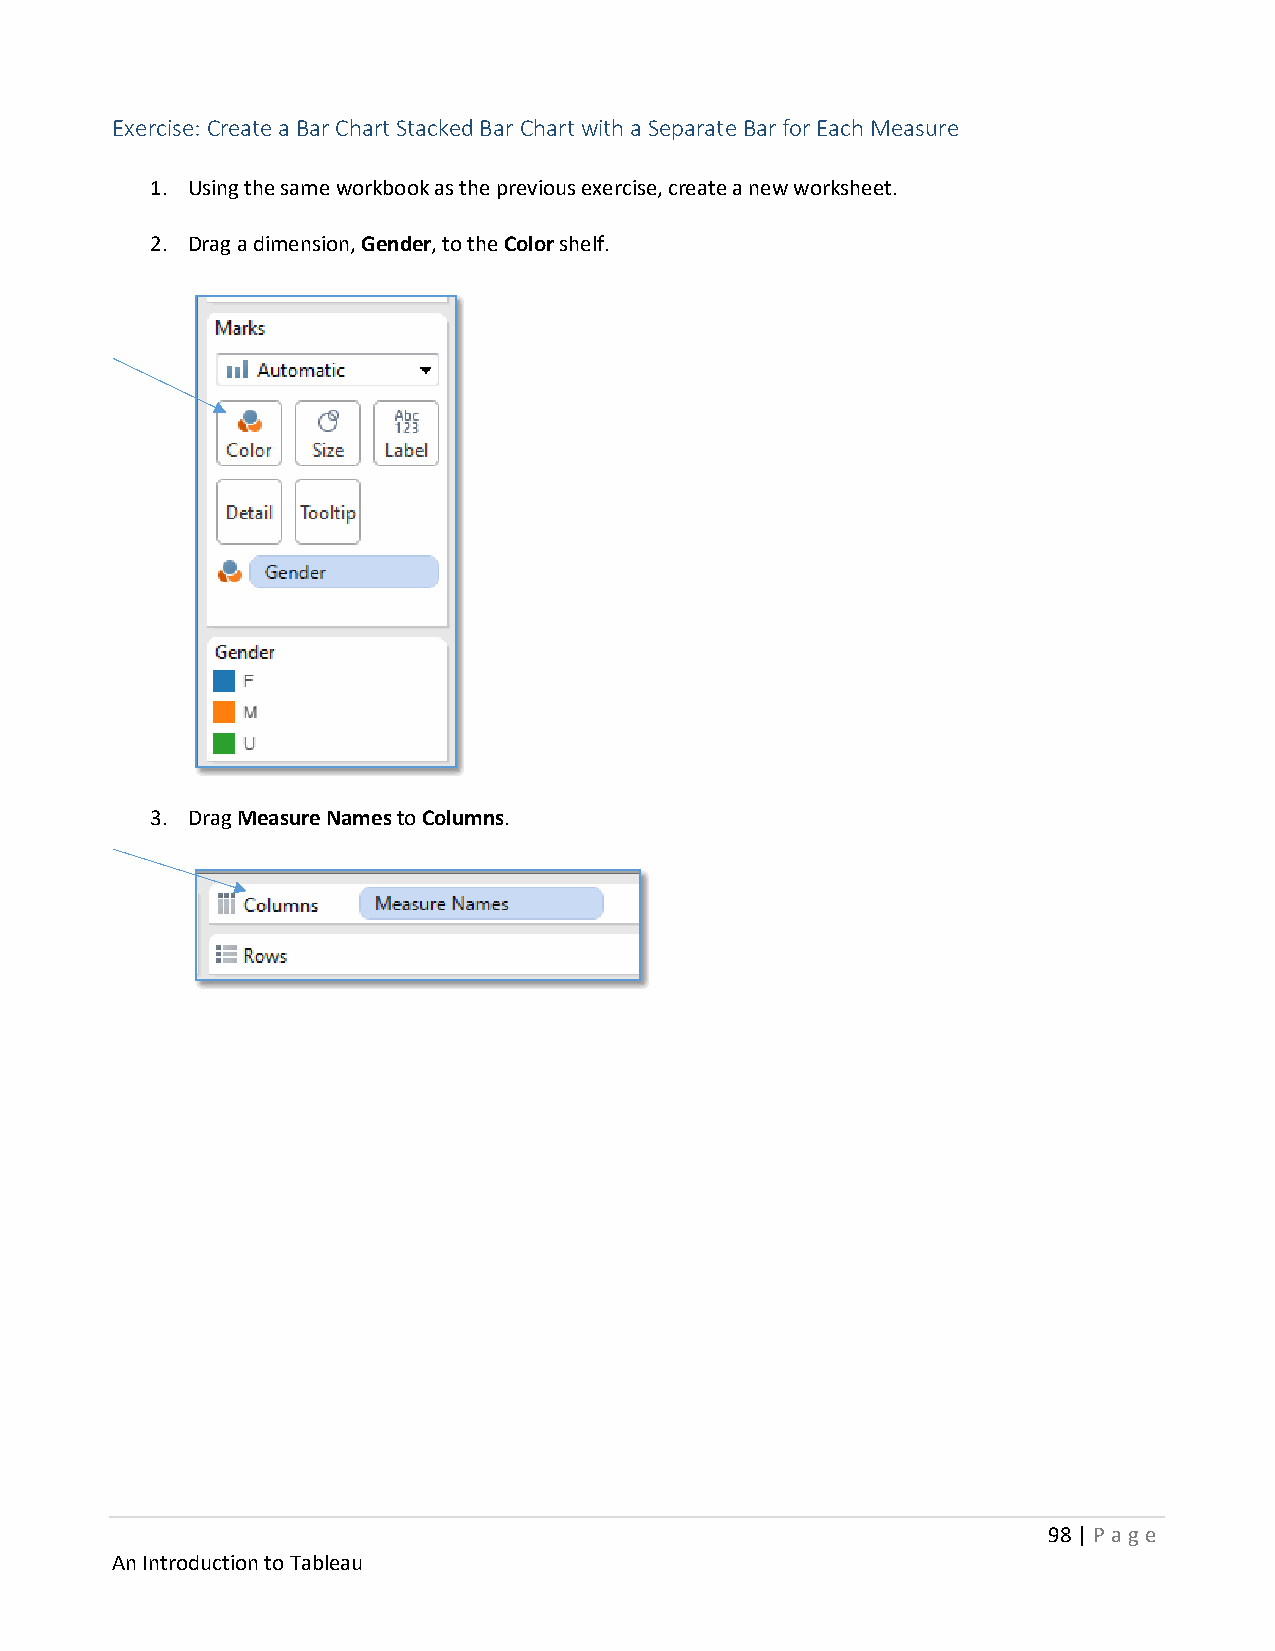
Exercise: Create a Bar Chart Stacked Bar Chart with a Separate Bar for Each Measure
 1. Using the same workbook as the previous exercise, create a new worksheet.
 2. Drag a dimension, Gender, to the Color shelf.
 3. Drag Measure Names to Columns.
 98 | P age
 An Introduction to Tableau